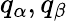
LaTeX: {{q}_{\alpha}},{{q}_{\beta}}